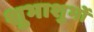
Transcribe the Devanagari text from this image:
शुभाशुभों